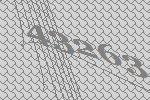
43263